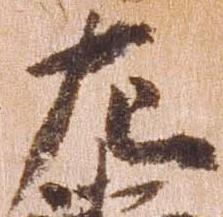
左